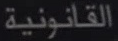
القانونية